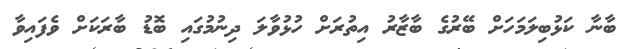
ބާނާ ކަޅުބިލަމަހަށް ބޭރުގެ ބާޒާރު އިތުރަށް ހުޅުވާލަ ދިނުމުގައި ބޮޑު ބާރަކަށް ވެފައިވާ